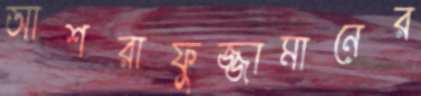
আশরাফুজ্জামানের